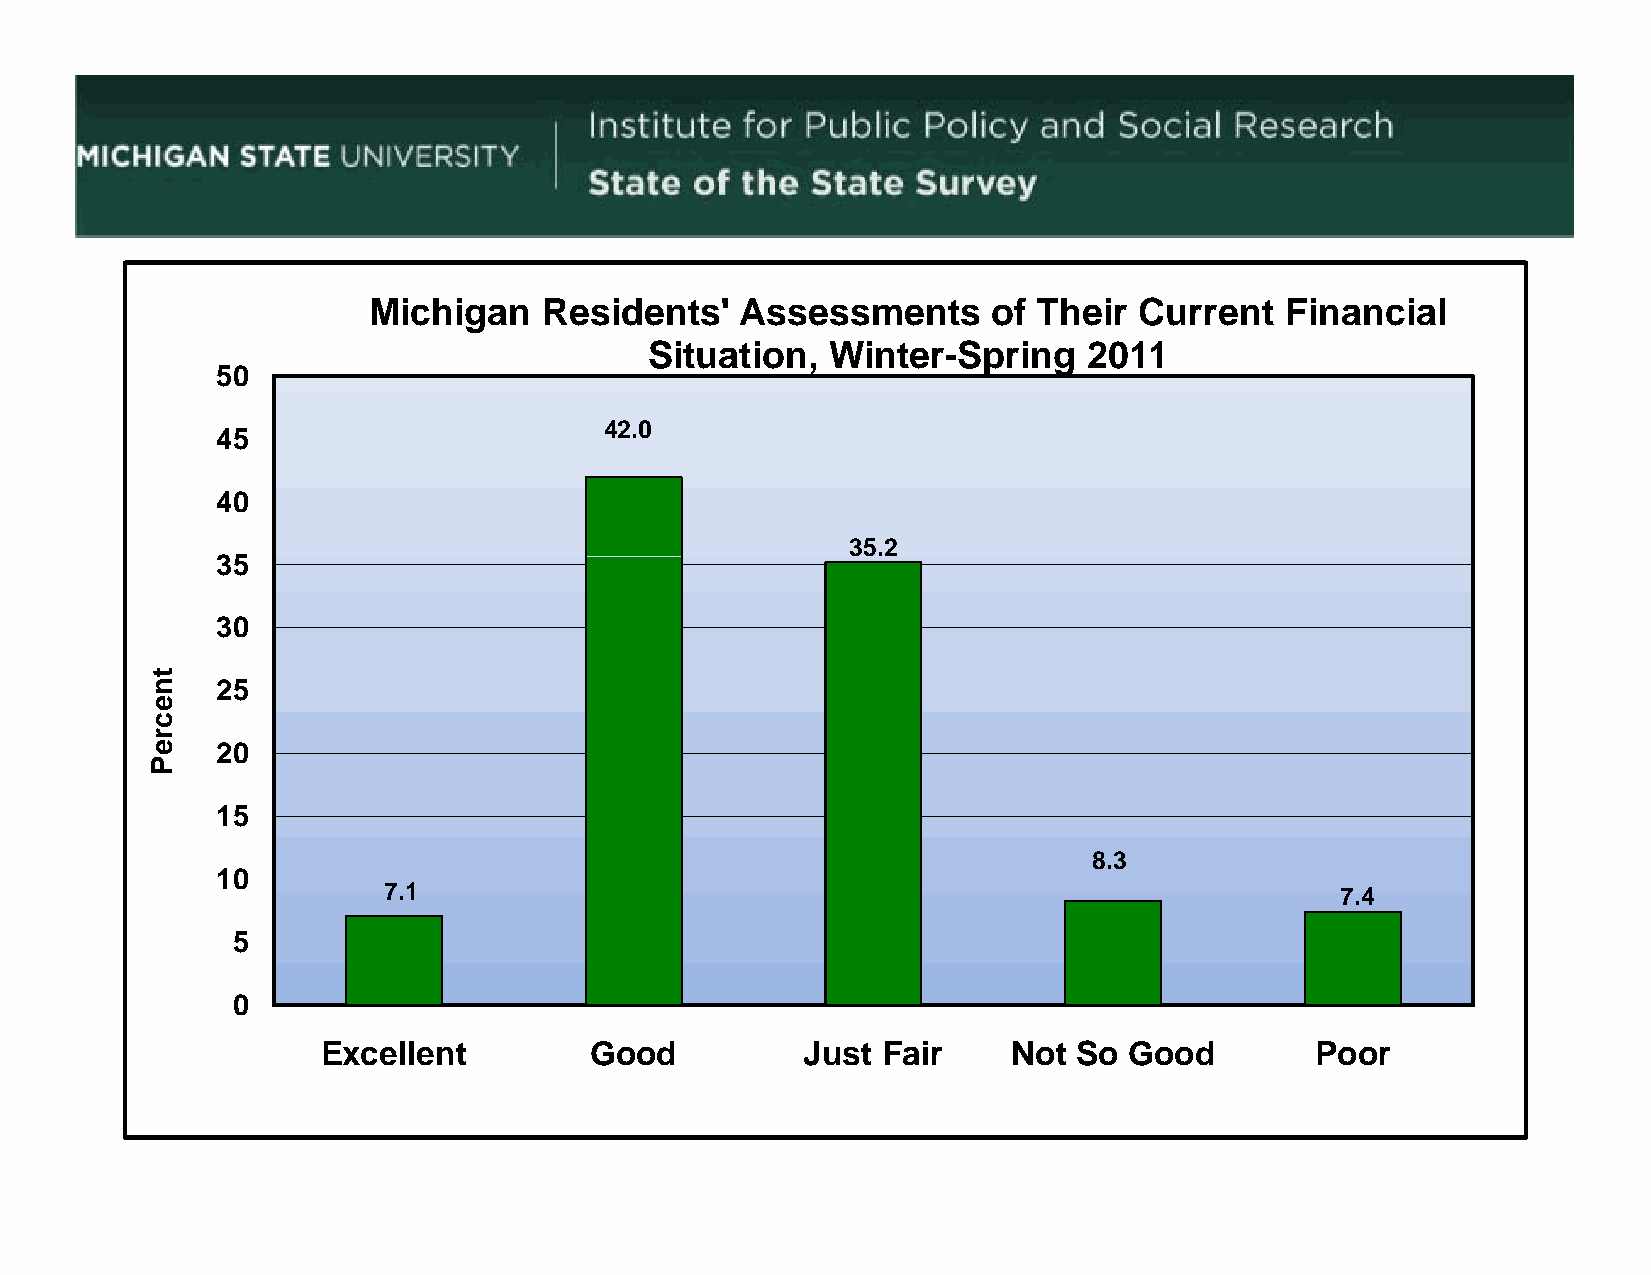
Michigan    Residents'   Assessments      of Their Current   Financial
 Situation,  Winter-Spring    2011
 50
 42.0
 45
 40
 35.2
 3355
 30
 25
 20
 15
 8.3
 1100
 7.1                                                             7.4
 5
 0
 Excellent         Good          Just Fair     Not So  Good        Poor
 tneccreP